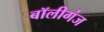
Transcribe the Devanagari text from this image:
बॉलीगंज